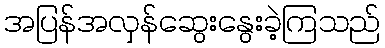
အပြန်အလှန်ဆွေးနွေးခဲ့ကြသည်